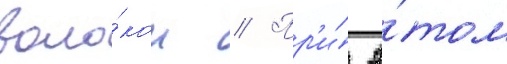
воло́кон // Пр'и́ э́том